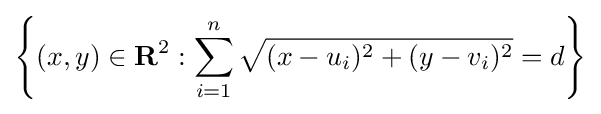
\left\{(x,y)\in \mathbf {R} ^{2}:\sum _{i=1}^{n}{\sqrt {(x-u_{i})^{2}+(y-v_{i})^{2}}}=d\right\}